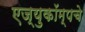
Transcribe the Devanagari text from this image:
एज्युकॉम्पचे